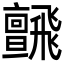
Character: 𩙼